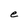
Character: e